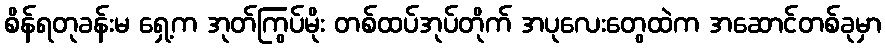
စိန်ရတုခန်းမ ရှေ့က အုတ်ကြွပ်မိုး တစ်ထပ်အုပ်တိုက် အပုလေးတွေထဲက အဆောင်တစ်ခုမှာ